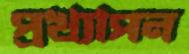
প্রখ্যাপন